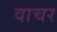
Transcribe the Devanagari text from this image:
वाचर